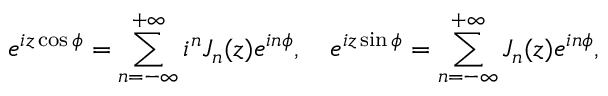
e ^ { i z \cos \phi } = \sum _ { n = - \infty } ^ { + \infty } i ^ { n } J _ { n } ( z ) e ^ { i n \phi } , \quad e ^ { i z \sin \phi } = \sum _ { n = - \infty } ^ { + \infty } J _ { n } ( z ) e ^ { i n \phi } ,